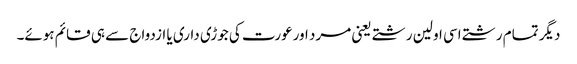
دیگر تمام رشتے اسی اولین رشتے یعنی مرد اورعورت کی جوڑی داری یا ازدواج سے ہی قائم ہوئے۔